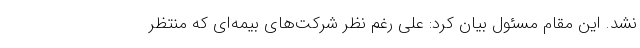
نشد. این مقام مسئول بیان کرد: علی رغم نظر شرکت‌های بیمه‌ای که منتظر